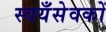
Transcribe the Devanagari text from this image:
स्वयँसेवकों